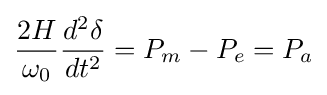
{\frac {2H}{\omega _{0}}}{\frac {d^{2}\delta }{dt^{2}}}=P_{m}-P_{e}=P_{a}